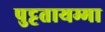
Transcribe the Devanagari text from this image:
पुट्टतायम्मा